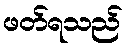
ဖတ်ရသည်